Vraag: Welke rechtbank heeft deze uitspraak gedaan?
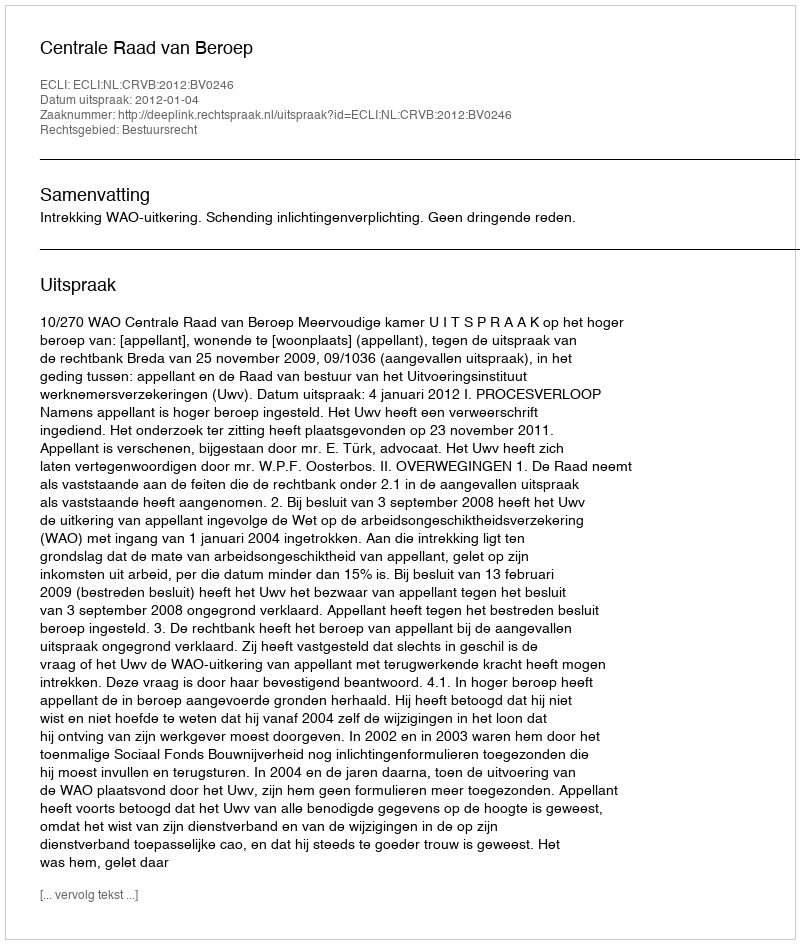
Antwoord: Centrale Raad van Beroep